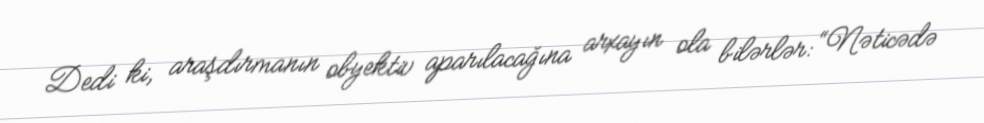
Dedi ki, araşdırmanın obyektiv aparılacağına arxayın ola bilərlər: “Nəticədə